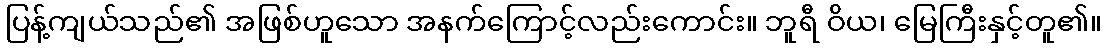
ပြန့်ကျယ်သည်၏ အဖြစ်ဟူသော အနက်ကြောင့်လည်းကောင်း။ ဘူရီ ဝိယ၊ မြေကြီးနှင့်တူ၏။